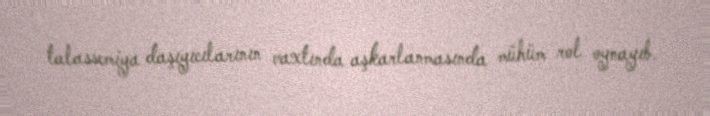
talassemiya daşıyıcılarının vaxtında aşkarlanmasında mühüm rol oynayıb.